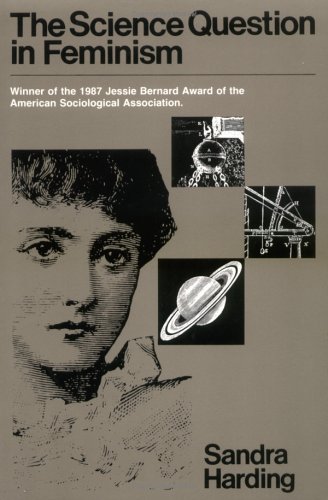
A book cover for The Science Question in Feminism; Sandra Harding; Gay & Lesbian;